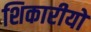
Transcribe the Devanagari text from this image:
शिकारीयों